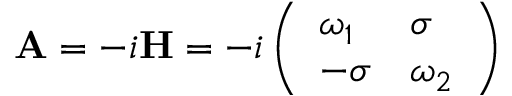
\mathbf { A } = - i \mathbf { H } = - i \left( \begin{array} { l l } { \omega _ { 1 } } & { \sigma } \\ { - \sigma } & { \omega _ { 2 } } \end{array} \right)